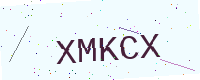
Text: XMKCX